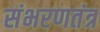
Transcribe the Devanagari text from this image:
संभरणतंत्र